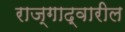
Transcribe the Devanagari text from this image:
राज्गाद्वारील